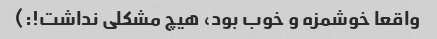
واقعا خوشمزه و خوب بود، هیچ مشکلی نداشت!:)